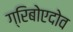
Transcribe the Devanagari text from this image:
ग्रिबोएदोव